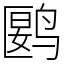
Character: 𬸘